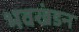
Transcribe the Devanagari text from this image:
भवखंडन